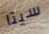
سيتا